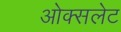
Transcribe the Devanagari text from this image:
ओक्सलेट